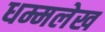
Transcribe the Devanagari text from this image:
धम्मलेख